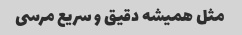
مثل همیشه دقیق و سریع مرسی